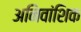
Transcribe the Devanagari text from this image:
अनिवांशिक